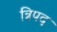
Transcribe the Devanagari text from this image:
त्रिपद